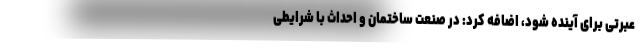
عبرتی برای آینده شود، اضافه کرد: در صنعت ساختمان و احداث با شرایطی